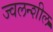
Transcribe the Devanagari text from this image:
ज्वलन्शील